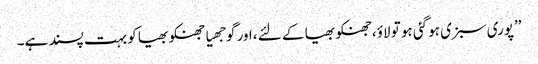
’’پوری سبزی ہوگئی ہو تو لاؤ،جھنکو بھیا کے لئے ،اور گوجھیا جھنکو بھیا کو بہت پسند ہے۔